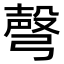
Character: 𢐙